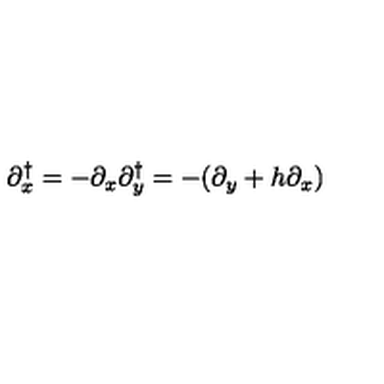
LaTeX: \partial _ { x } ^ { \dagger } = - \partial _ { x } \partial _ { y } ^ { \dagger } = - ( \partial _ { y } + h \partial _ { x } )